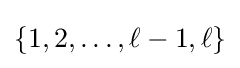
\{1,2,\ldots ,\ell -1,\ell \}